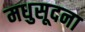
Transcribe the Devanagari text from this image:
मधुसूदना